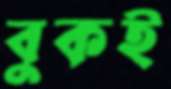
বুকই